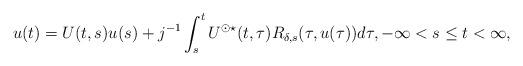
LaTeX: \begin{align*} u(t) = U(t,s)u(s) + j^{-1} \int_s^t U^{\odot \star}(t,\tau)R_{\delta,s}(\tau, u(\tau)) d\tau, -\infty < s \leq t < \infty,\end{align*}